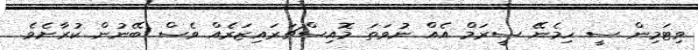
ވިޓަމިން ސީ ހިމެނޭ ސީރަމް އެއް ނުވަތަ މޮއިސްޗަރައިޒަރެއް ވެސް ބޭނުން ކުރާށެވެ.